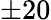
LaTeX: \pm 20